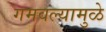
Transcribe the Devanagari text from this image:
गमवल्यामुळे